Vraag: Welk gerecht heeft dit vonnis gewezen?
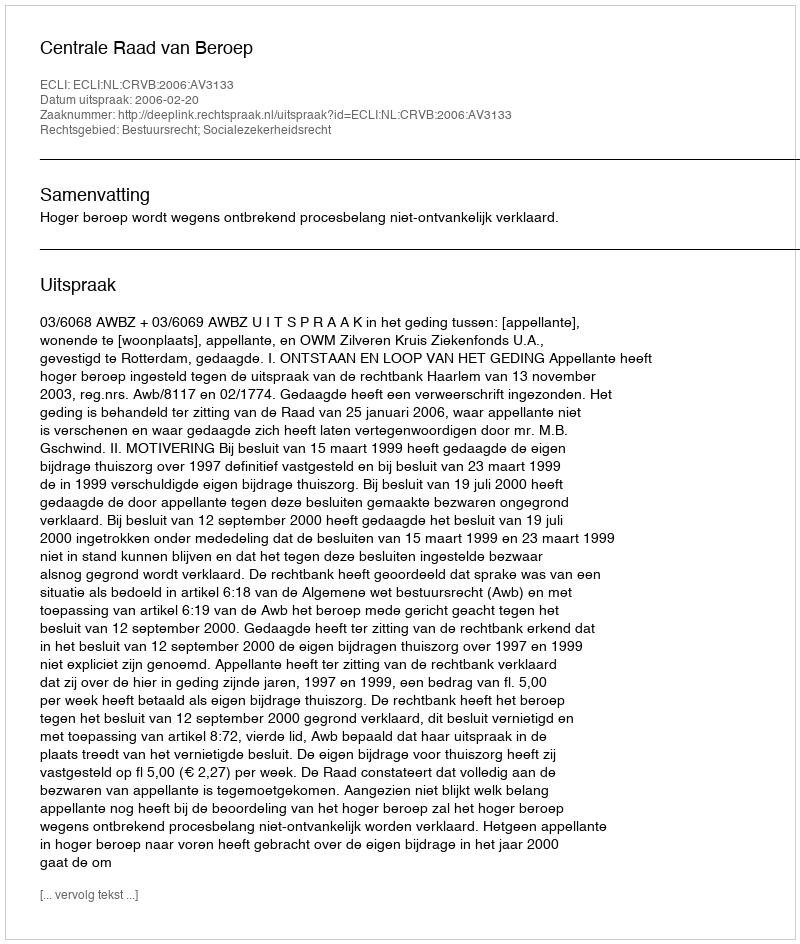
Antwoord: Centrale Raad van Beroep